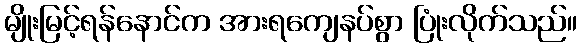
မျိုးမြင့်ရန်နောင်က အားရကျေနပ်စွာ ပြုံးလိုက်သည်။